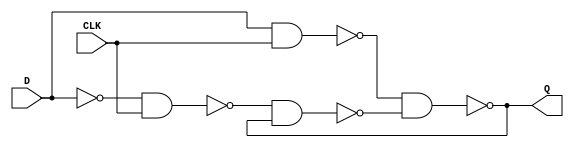
module Latch_D(CLK, D, Q);
	input 	CLK, D;
	output 	Q;
	wire 		NAND1, NAND2, NAND3, NAND4 /*synthesis keep*/;
	
	assign 	NAND1 = ~(~D & CLK);
	assign 	NAND2 = ~(D & CLK);
	assign 	NAND3 = ~(NAND1 & NAND4);
	assign 	NAND4 = ~(NAND2 & NAND3);
	assign 	Q  = NAND4;

endmodule

module FlipFlop_D(CLK, D, Q);
	input 	CLK, D;
	output 	Q;
	wire 		L1 /*synthesis keep*/;
	
	Latch_D	U0(~CLK, D, L1);
	Latch_D	U1(CLK, L1, Q);

endmodule